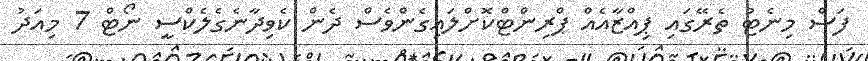
ފަސް މިނެޓު ތެރޭގައި ޕިއްޒާއެއް ޕްރިންޓްކޮށްލައިގެންވެސް ދެން ކެވިދާނެގެލެކްސީ ނޯޓް 7 މިއަދު